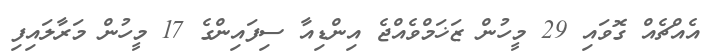
އެއްޗެއް ގޮވައި 29 މީހުން ޒަޚަމްވެއްޖެ އިންޑިއާ ސިފައިންގެ 17 މީހުން މަރާލައިފި